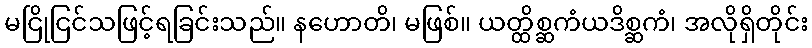
မငြိုငြင်သဖြင့်ရခြင်းသည်။ နဟောတိ၊ မဖြစ်။ ယတ္ထိစ္ဆကံယဒိစ္ဆကံ၊ အလိုရှိတိုင်း